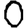
Digit: 0